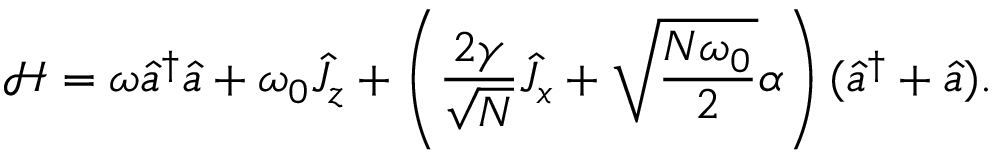
\mathcal { H } = \omega \hat { a } ^ { \dagger } \hat { a } + \omega _ { 0 } \hat { J } _ { z } + \left( \frac { 2 \gamma } { \sqrt { N } } \hat { J } _ { x } + \sqrt { \frac { N \omega _ { 0 } } { 2 } } \alpha \right) ( \hat { a } ^ { \dagger } + \hat { a } ) .